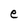
Character: e